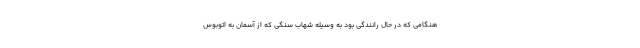
هنگامی که در حال رانندگی بود به وسیله شهاب سنگی که از آسمان به اتوبوس